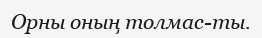
Орны оның толмас-ты.